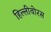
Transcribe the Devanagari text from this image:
हिल्लीवोरस